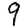
Digit: 9